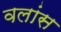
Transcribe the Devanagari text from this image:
वलांस